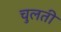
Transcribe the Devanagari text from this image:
चुलती